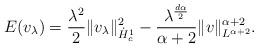
LaTeX: \begin{align*}E(v_\lambda) = \frac{\lambda^2}{2} \|v_\lambda\|^2_{\dot{H}^1_c} - \frac{\lambda^{\frac{d\alpha}{2}}}{\alpha+2} \|v\|^{\alpha+2}_{L^{\alpha+2}}.\end{align*}